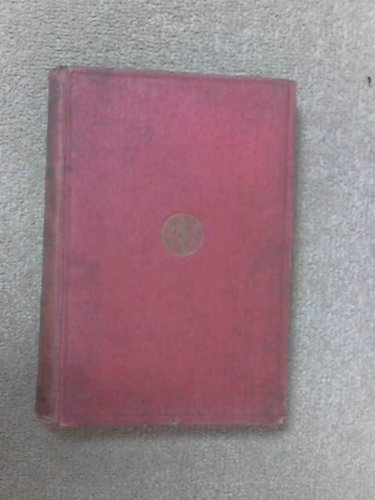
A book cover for Anatomy of the brain and spinal cord; J. Ryland Whitaker; Health, Fitness & Dieting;